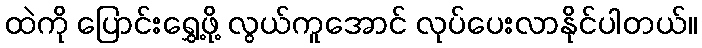
ထဲကို ပြောင်းရွှေ့ဖို့ လွယ်ကူအောင် လုပ်ပေးလာနိုင်ပါတယ်။